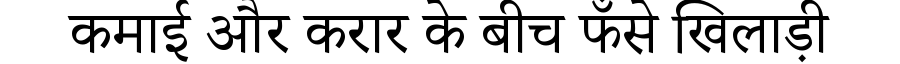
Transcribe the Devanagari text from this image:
कमाई और करार के बीच फँसे खिलाड़ी